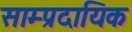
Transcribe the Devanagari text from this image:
साम्‍प्रदायिक